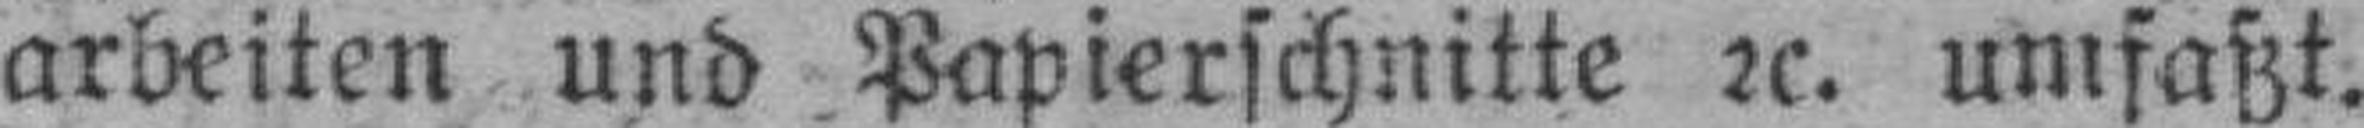
arbeiten und Papierschnitte 2c. umfaßt.